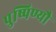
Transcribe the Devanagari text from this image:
पुष्पिण्यौ